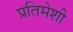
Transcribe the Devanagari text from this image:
प्रतिमेशी